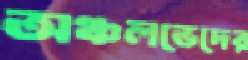
অঞ্চলভেদের